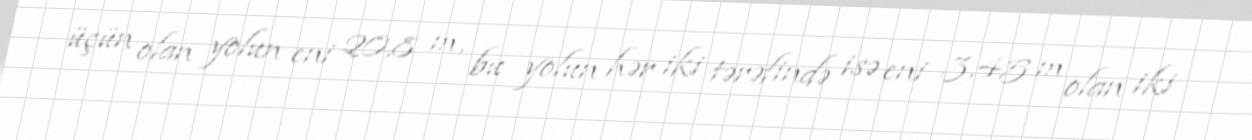
üçün olan yolun eni 20,8 m, bu yolun hər iki tərəfində isə eni 3,45 m olan iki